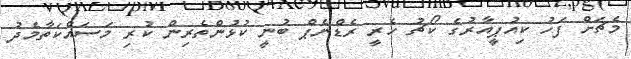
މެޗަށް ފަހު ކިއުޕީއާރުގެ ކޯޗު ހެރީ ރެޑްނެޕް ބުނީ ކުޅުންތެރިން ކުރި މަސައްކަތާމެދު